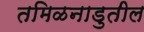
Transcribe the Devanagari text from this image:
तमिळनाडुतील